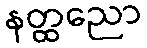
နတ္ထညော